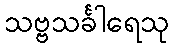
သဗ္ဗသင်္ခါရေသု